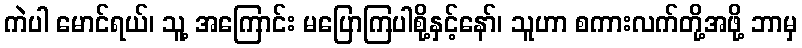
ကဲပါ မောင်ရယ်၊ သူ့ အကြောင်း မပြောကြပါစို့နှင့်နော်၊ သူဟာ စကားလက်တို့အဖို့ ဘာမှ